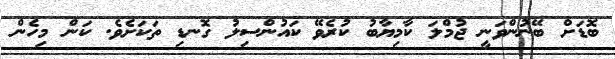
ބޮޑަށް ބޭނުންވަނީ ޖުމްލަ ކާމިޔާބު ކުރެވޭ ކައުންސިލު ގޮނޑި ތަކަށެވެ. ކަން މިހެން